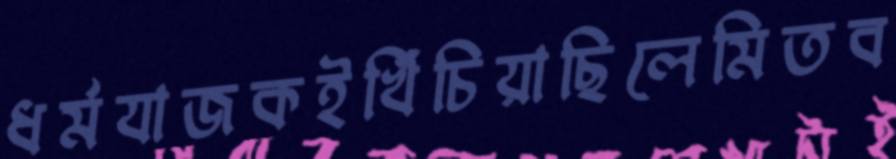
ধর্মযাজকইখিঁচিয়াছিলেমিতব